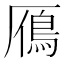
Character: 鴈